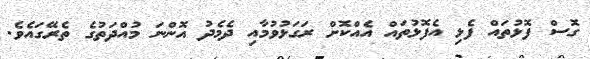
ގޮސް ފޮޅުތައް ފެޅި އެފޮޅުތައް އެއްކޮށް ރަގަޅުވުމާއި ދެމެދު އޮންނަ މުއްދަތުގެ ތެރޭގައެވެ.